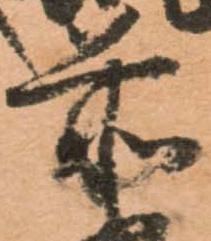
前